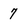
Character: 7